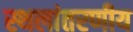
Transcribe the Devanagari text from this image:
स्थलांतरणीय